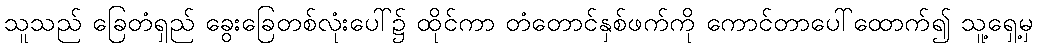
သူသည် ခြေတံရှည် ခွေးခြေတစ်လုံးပေါ်၌ ထိုင်ကာ တံတောင်နှစ်ဖက်ကို ကောင်တာပေါ်ထောက်၍ သူ့ရှေ့မှ